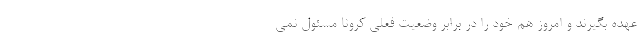
عهده بگیرند و امروز هم خود را در برابر وضعیت فعلی کرونا مسئول نمی